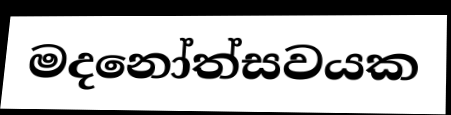
මදනෝත්සවයක